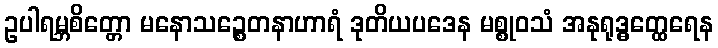
ဥပါရမ္ဘစိတ္တော မနောသဉ္စေတနာဟာရံ ဒုတိယပဒေန မစ္စုဝသံ အနုရုဒ္ဓတ္ထေရေန